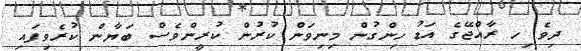
ދިވެ ިހ ރާއްޖޭގެ އަޑު ހިންގުން މިނިވަން ކުރުން ކުރީންވެސް ބަޔާން ކުރެވިފައި